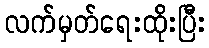
လက်မှတ်ရေးထိုးပြီး